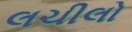
લચીલો